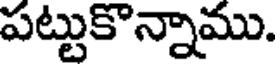
పట్టుకొన్నాము.